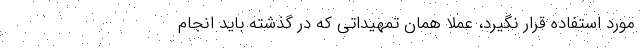
مورد استفاده قرار نگیرد، عملا همان تمهیداتی که در گذشته باید انجام